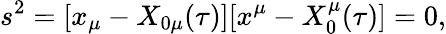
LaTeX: s^{2}=[x_{\mu}-X_{0\mu}(\tau)][x^{\mu}-X_{0}^{\mu}(\tau)]=0,